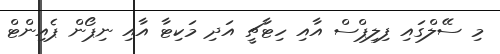
މި ސޭލްގައި ފިލިޕްސް އާއި ހިޓާޗީ އަދި މަކިޓާ އާއި ނިޕޯން ޕެއިންޓް